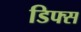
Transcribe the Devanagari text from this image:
डिफ्स